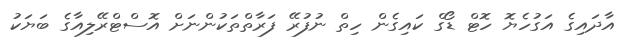
އާދައިގެ އަގުހެޔޮ ހޮޓް ޑޯގް ކައިގެން ހިތް ނުފުރޭ ފަރާތްތަކުންނަށް އޮސްޓްރޭލިއާގެ ބަޔަކު